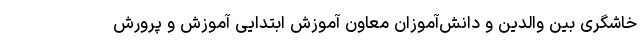
خاشگری بین والدین و دانش‌آموزان معاون آموزش ابتدایی آموزش و پرورش